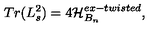
T r ( L _ { s } ^ { 2 } ) = 4 { \cal H } _ { B _ { n } } ^ { e x - t w i s t e d } ,